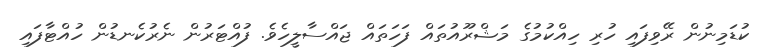
ކުޑަމިނުން ރޭވިފައި ހުރި ހިއްކުމުގެ މަޝްރޫއުތައް ފަހަތައް ޖައްސާލީހެވެ. ފުއްޓަރުން ނެރުކެނޑުން ހުއްޓާފައި